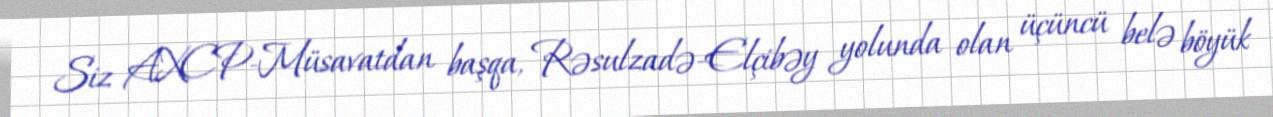
Siz AXCP-Müsavatdan başqa, Rəsulzadə-Elçibəy yolunda olan üçüncü belə böyük